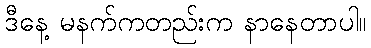
ဒီနေ့ မနက်ကတည်းက နာနေတာပါ။